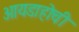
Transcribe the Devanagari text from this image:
आयडाहोची